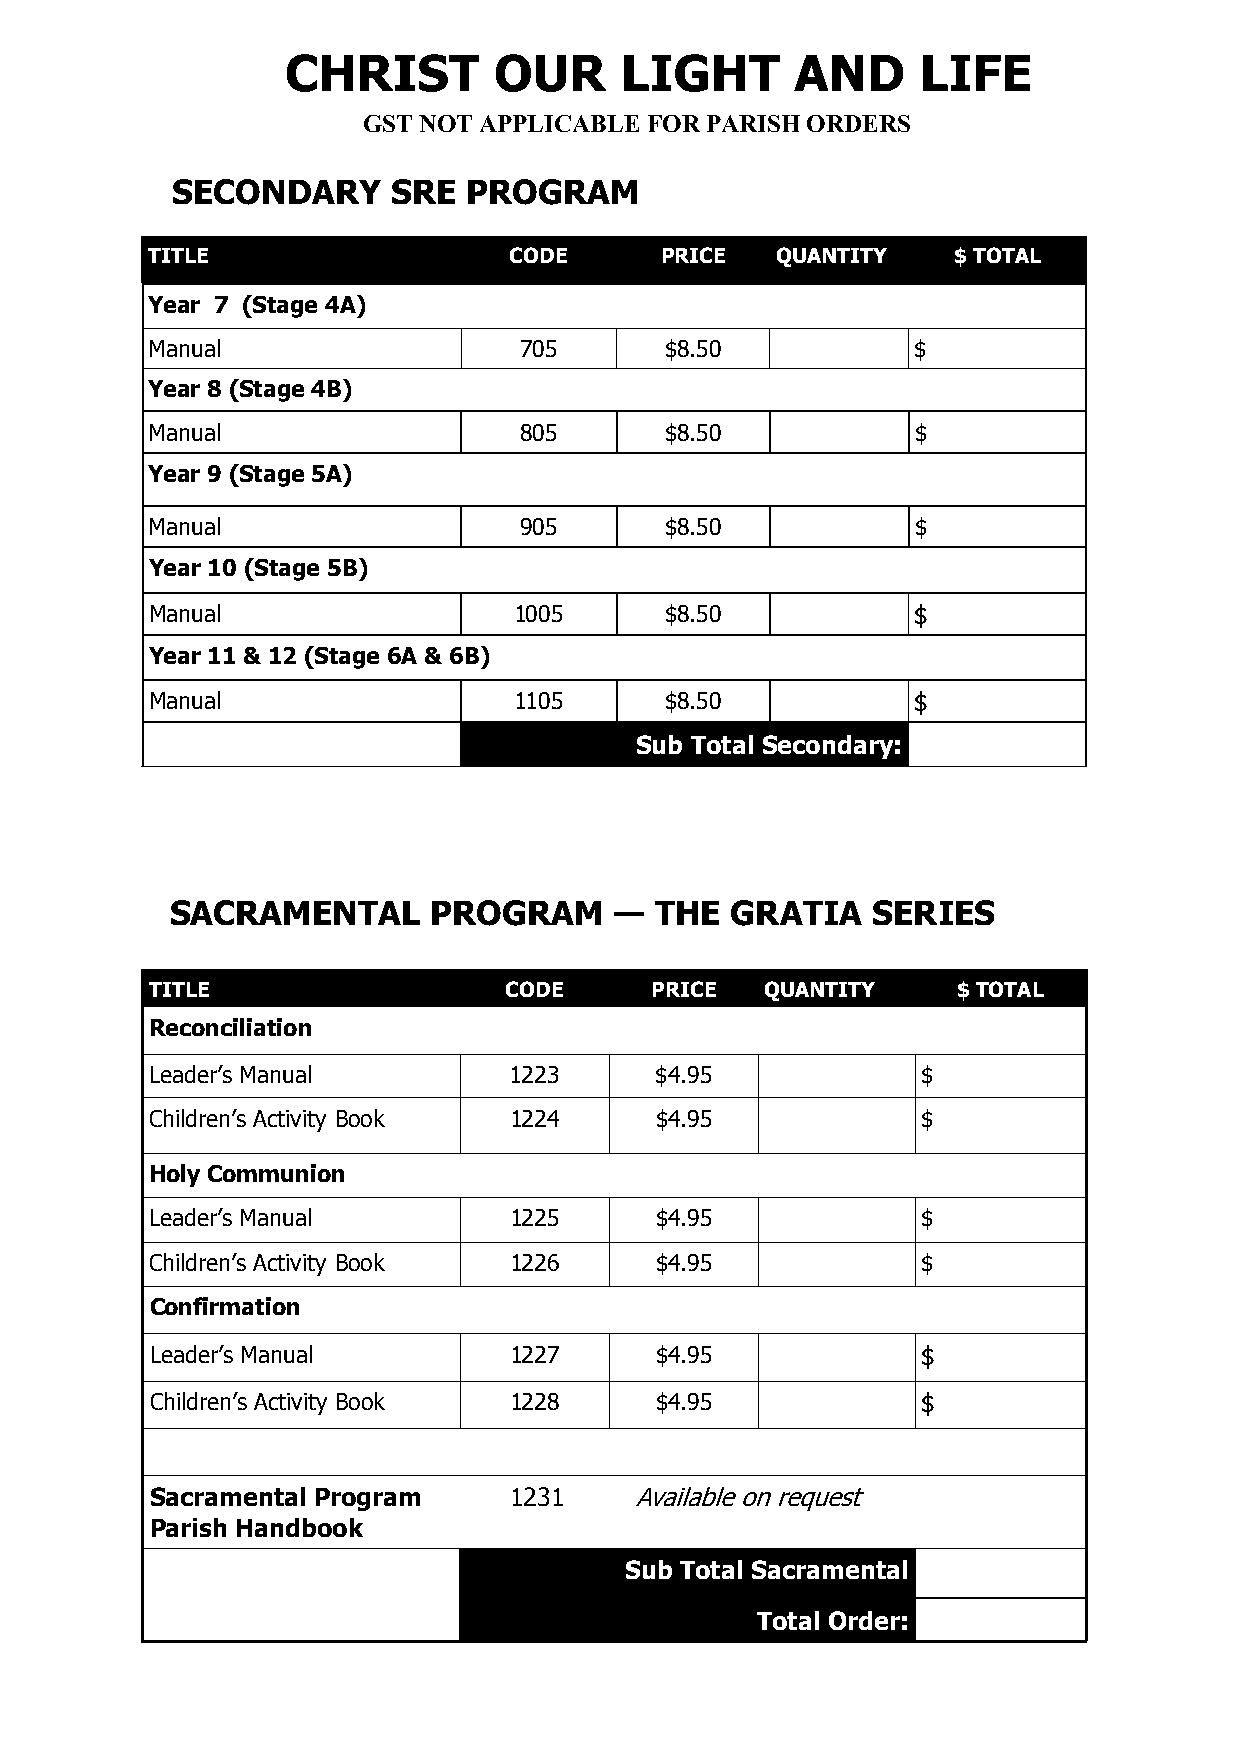
CHRIST        OUR     LIGHT       AND     LIFE
 GST NOT APPLICABLE FOR PARISH ORDERS
 SECONDARY      SRE  PROGRAM
 TITLE                   CODE      PRICE  QUANTITY    $ TOTAL
 Year 7 (Stage 4A)
 Manual                  705       $8.50           $
 Year 8 (Stage 4B)
 Manual                  805       $8.50            $
 Year 9 (Stage 5A)
 Manual                  905       $8.50            $
 Year 10 (Stage 5B)
 Manual                  1005      $8.50           $
 Year 11 & 12 (Stage 6A & 6B)
 Manual                  1105      $8.50           $
 Sub Total Secondary:
 SACRAMENTAL       PROGRAM     — THE  GRATIA    SERIES
 TITLE                  CODE      PRICE   QUANTITY    $ TOTAL
 Reconciliation
 Leader’s Manual         1223     $4.95             $
 Children’s Activity Book 1224    $4.95             $
 Holy Communion
 Leader’s Manual         1225     $4.95             $
 Children’s Activity Book 1226    $4.95             $
 Confirmation
 Leader’s Manual         1227     $4.95             $
 Children’s Activity Book 1228    $4.95             $
 Sacramental Program     1231    Available on request
 Parish Handbook
 Sub Total Sacramental
 Total Order: